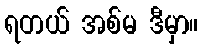
ရတယ် အစ်မ ဒီမှာ။